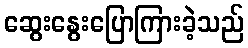
ဆွေးနွေးပြောကြားခဲ့သည်